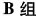
B组